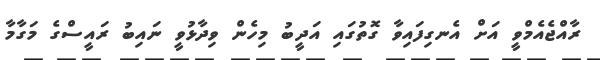
ރާއްޖެއެމްވީ އަށް އެނގިފައިވާ ގޮތުގައި އަދީބު މިހެން ވިދާޅުވީ ނައިބު ރައީސްގެ މަގާމާ